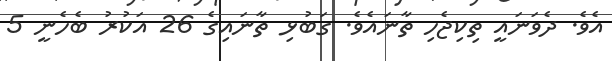
އެވެ. ދެވަނައީ ތިކިޖެހި ތާނައެވެ. ގަބުޅި ތާނައިގެ 26 އަކުރު ބެހެނީ 5